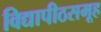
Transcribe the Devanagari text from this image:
विद्यापीठसमूह